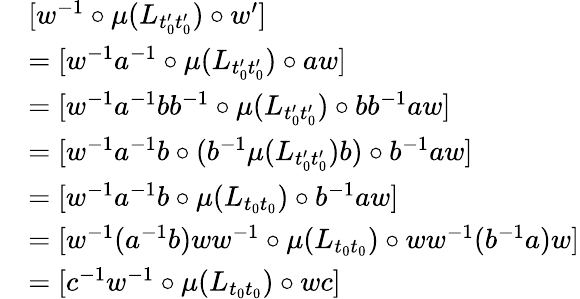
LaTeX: \begin{array}{rl}&{[w^{-1}\circ\mu(L_{t_{0}^{\prime}t_{0}^{\prime}})\circ w^{\prime}]}\\ &{=[w^{-1}a^{-1}\circ\mu(L_{t_{0}^{\prime}t_{0}^{\prime}})\circ aw]}\\ &{=[w^{-1}a^{-1}bb^{-1}\circ\mu(L_{t_{0}^{\prime}t_{0}^{\prime}})\circ bb^{-1}aw]}\\ &{=[w^{-1}a^{-1}b\circ(b^{-1}\mu(L_{t_{0}^{\prime}t_{0}^{\prime}})b)\circ b^{-1}aw]}\\ &{=[w^{-1}a^{-1}b\circ\mu(L_{t_{0}t_{0}})\circ b^{-1}aw]}\\ &{=[w^{-1}(a^{-1}b)ww^{-1}\circ\mu(L_{t_{0}t_{0}})\circ ww^{-1}(b^{-1}a)w]}\\ &{=[c^{-1}w^{-1}\circ\mu(L_{t_{0}t_{0}})\circ wc]}\end{array}